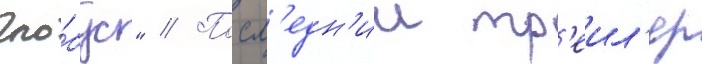
гло́бус" // Посл'едн'ии тр'еил'ер